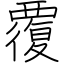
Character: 覆